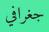
جغرافي